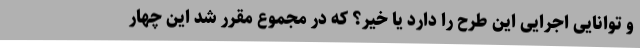
و توانایی اجرایی این طرح را دارد یا خیر؟ که در مجموع مقرر شد این چهار